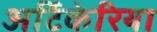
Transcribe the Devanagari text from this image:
अर्टिकेरिया